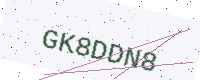
Text: GK8DDN8